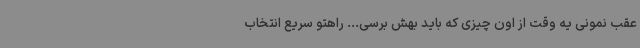
عقب نمونی یه وقت از اون چیزی که باید بهش برسی... راهتو سریع انتخاب